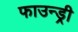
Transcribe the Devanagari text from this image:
फाउन्ड्री